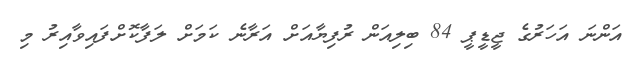
އަންނަ އަހަރުގެ ޖީޑީޕީ 84 ބިލިއަން ރުފިޔާއަށް އަރާނެ ކަމަށް ލަފާކޮށްފައިވާއިރު މި